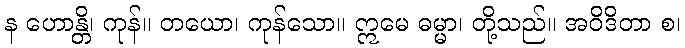
န ဟောန္တိ၊ ကုန်။ တယော၊ ကုန်သော။ ဣမေ ဓမ္မာ၊ တို့သည်။ အဝိဒိတာ စ၊